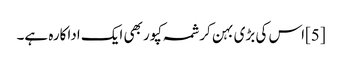
[5]اس کی بڑی بہن کرشمہ کپور بھی ایک اداکارہ ہے۔